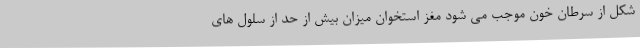
شکل از سرطان خون موجب می شود مغز استخوان میزان بیش از حد از سلول های